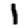
Digit: 1